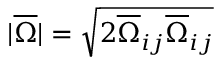
| \overline { { \Omega } } | = \sqrt { 2 \overline { { \Omega } } _ { i j } \overline { { \Omega } } _ { i j } }